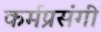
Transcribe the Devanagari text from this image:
कर्मप्रसंगीं